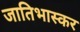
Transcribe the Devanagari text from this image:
जातिभास्कर